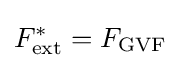
F_{\text{ext}}^{*}=F_{\text{GVF}}